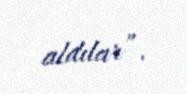
aldılar”.